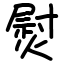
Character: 熨